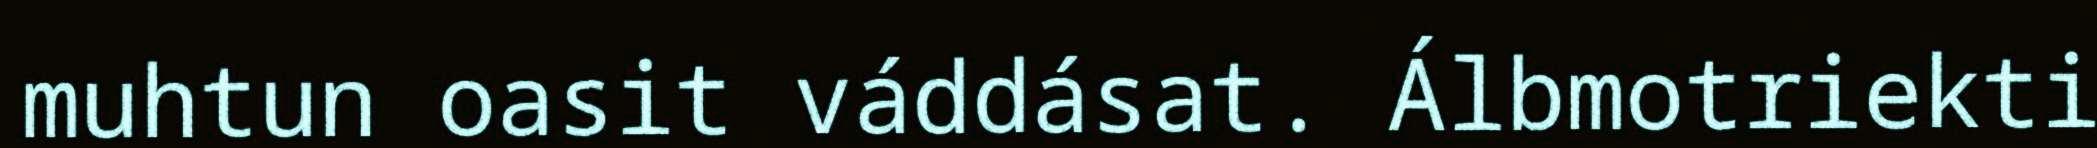
muhtun oasit váddásat. Álbmotriekti